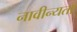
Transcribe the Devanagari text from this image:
नावीन्यता